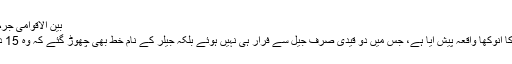
بین الاقوامی جرم خبریں عجیب و غریب
اٹلی میں جیل سے فرار کا انوکھا واقعہ پیش آیا ہے، جس میں دو قیدی صرف جیل سے فرار ہی نہیں ہوئے بلکہ جیلر کے نام خط بھی چھوڑ گئے کہ وہ 15 دن بعد واپس آجائیں گے۔